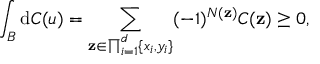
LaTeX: \int _ { B } \mathrm { d } C ( u ) = \sum _ { \mathbf { z } \in \prod _ { i = 1 } ^ { d } \{ x _ { i } , y _ { i } \} } ( - 1 ) ^ { N ( \mathbf { z } ) } C ( \mathbf { z } ) \geq 0 ,